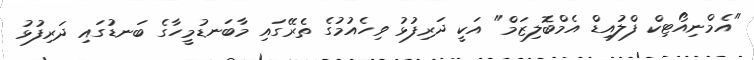
"އެމްނިއޯޓިކް ފްލުއިޑް އެމްބޮލިޒަމް" އަކީ ދަރިފުޅު ވިހެއުމުގެ ތެރޭގައި މާބަނޑުމީހާގެ ބަނޑުގައި ދަރިފުޅު